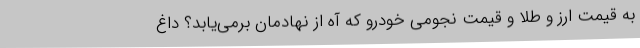
به قیمت ارز و طلا و قیمت نجومی خودرو که آه از نهادمان برمی‌یابد؟ داغ